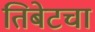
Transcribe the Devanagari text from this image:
तिबेटचा